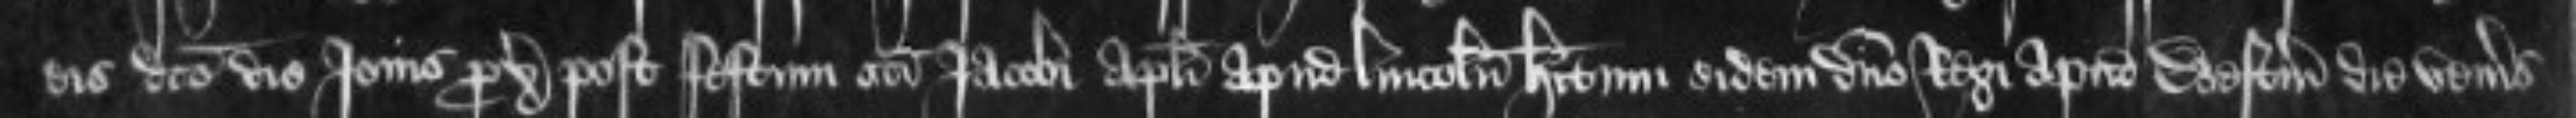
eis dicto die Jovis proximo post festum sancti Jacobi Apostoli apud Lincolniam habitum eidem domino Regi apud Westmonasterium die veneris